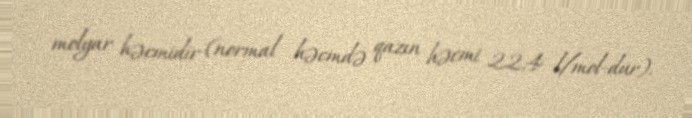
molyar həcmidir (normal həcmdə qazın həcmi 22,4 l/mol-dur).